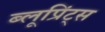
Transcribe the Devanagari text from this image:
ब्लूप्रिंट्स